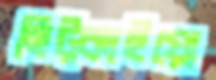
ছিট্‌কাইয়ো